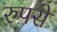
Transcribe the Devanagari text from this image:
रुपसे